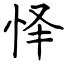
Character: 怿